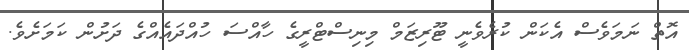
އޮތް ނަމަވެސް އެކަން ކުރެވެނީ ޓޫރިޒަމް މިނިސްޓްރީގެ ހާއްސަ ހުއްދައެއްގެ ދަށުން ކަމަށެވެ.